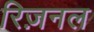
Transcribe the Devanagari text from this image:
रिज़नल